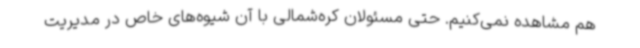
هم مشاهده نمی‌کنیم. حتی مسئولان کره‌شمالی با آن شیوه‌های خاص در مدیریت